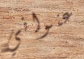
عنواني